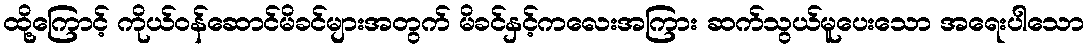
ထို့ကြောင့် ကိုယ်ဝန်ဆောင်မိခင်များအတွက် မိခင်နှင့်ကလေးအကြား ဆက်သွယ်မူပေးသော အရေးပါသော